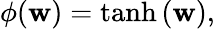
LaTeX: \phi(\mathbf{w})=\operatorname{tanh}{\left(\mathbf{w}\right)},